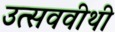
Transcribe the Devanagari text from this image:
उत्सववीथी